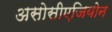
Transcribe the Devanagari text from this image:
असोसीएजियोन